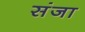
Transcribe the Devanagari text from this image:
संजा